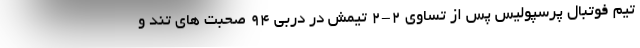
تیم فوتبال پرسپولیس پس از تساوی 2-2 تیمش در دربی 94 صحبت های تند و